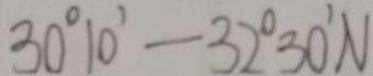
3 0 ^ { \circ } 1 0 ^ { \prime } - 3 2 ^ { \circ } 3 0 ^ { \prime } N